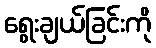
ရွေးချယ်ခြင်းကို